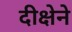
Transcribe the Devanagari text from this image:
दीक्षेने